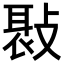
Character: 𢾸